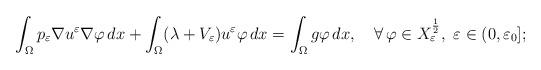
LaTeX: \begin{align*}\int_\Omega p_\varepsilon \nabla u^\varepsilon \nabla \varphi\,dx+\int_\Omega (\lambda+V_\varepsilon)u^\varepsilon \varphi\,dx=\int_\Omega g\varphi\,dx,\quad\forall\,\varphi\in X_\varepsilon^{\frac{1}{2}},\,\,\varepsilon\in(0,\varepsilon_0];\end{align*}